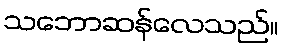
သဘောဆန်လေသည်။